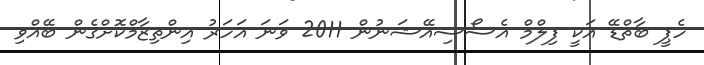
ހެޕީ ބާތްޑޭ އަކީ ފިލްމް އެސޯސިއޭޝަނުން 2011 ވަނަ އަހަރު އިންތިޒާމްކޮށްގެން ބޭއްވި